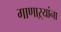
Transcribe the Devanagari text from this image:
गाणाऱ्यांना